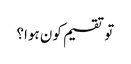
تو تقسیم کون ہوا؟